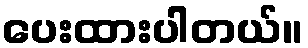
ပေးထားပါတယ်။